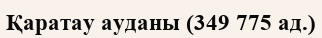
Қаратау ауданы (349 775 ад.)